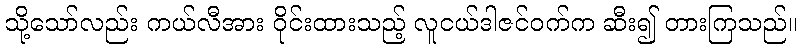
သို့သော်လည်း ကယ်လီအား ဝိုင်းထားသည့် လူငယ်ဒါဇင်ဝက်က ဆီး၍ တားကြသည်။